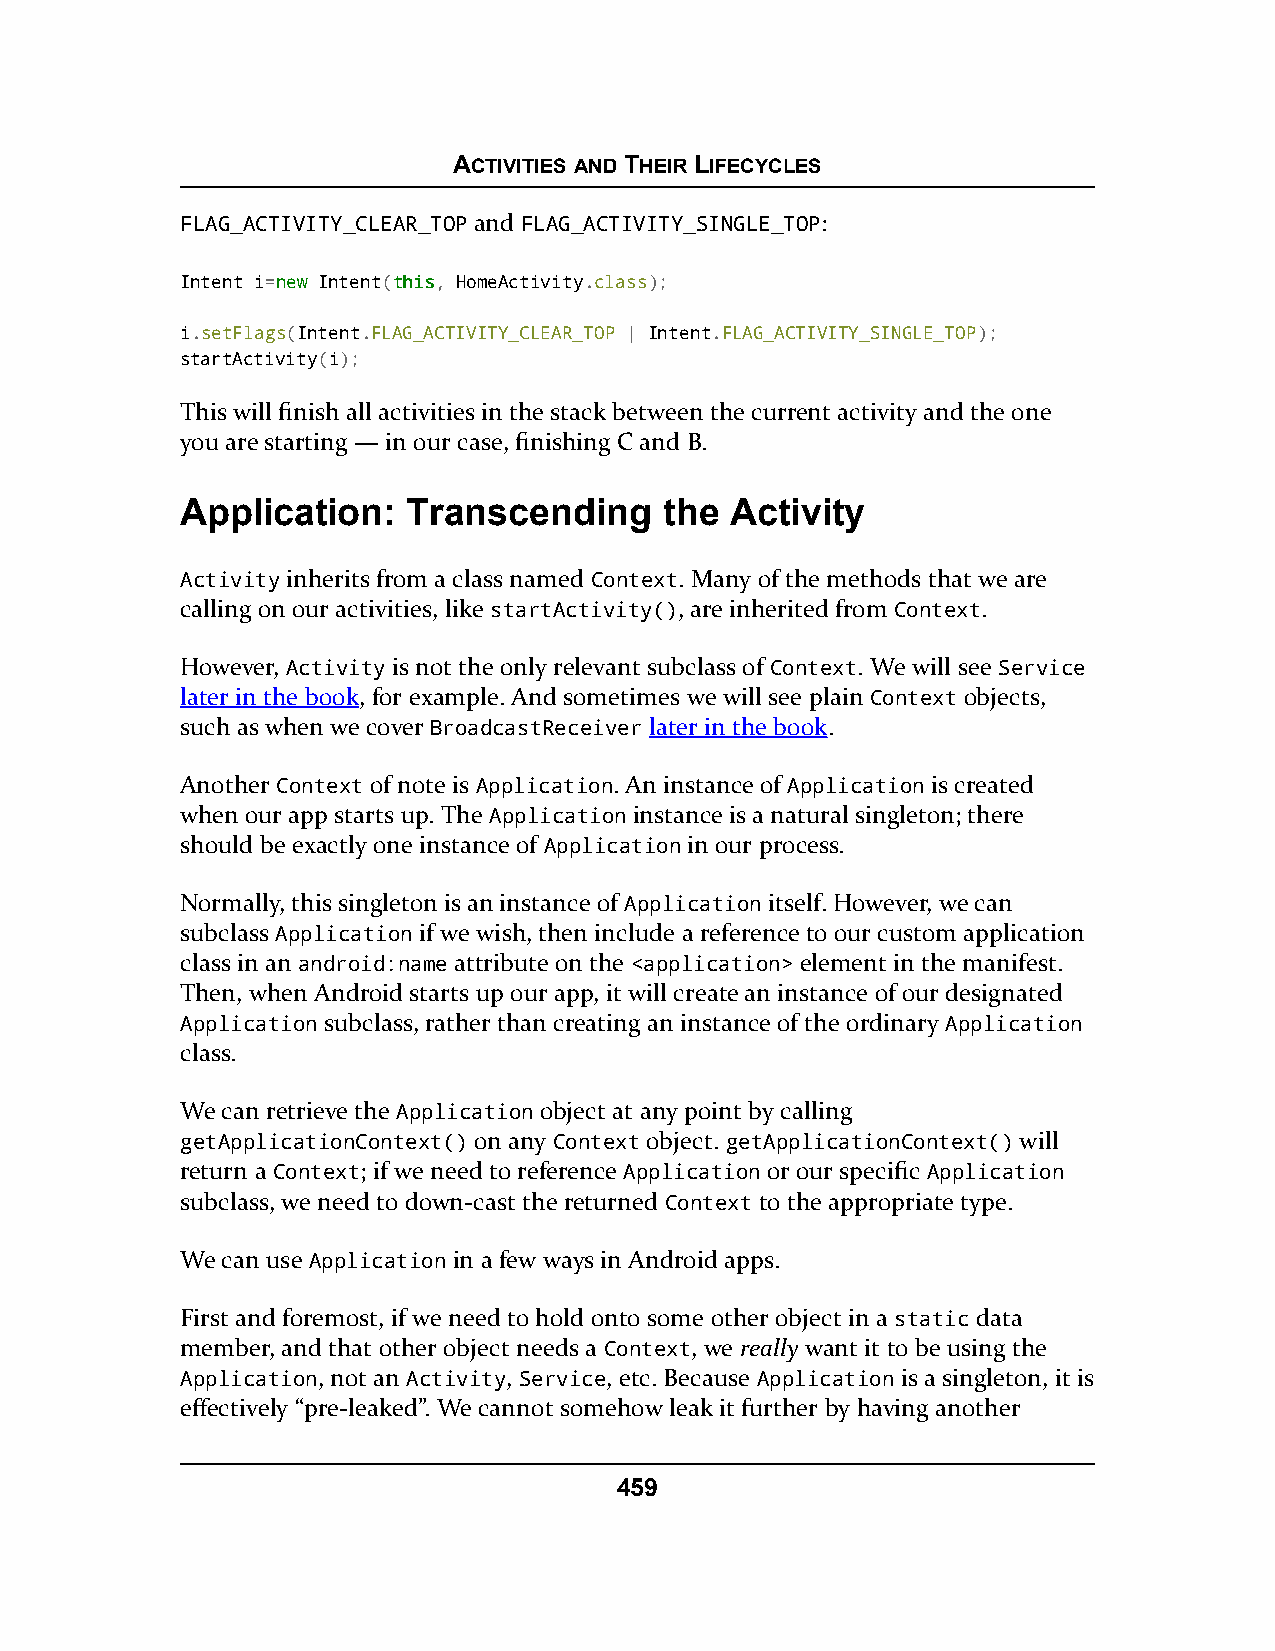
ACTIVITIES AND THEIR LIFECYCLES
 FLAG_ACTIVITY_CLEAR_TOP and FLAG_ACTIVITY_SINGLE_TOP:
 Intent i=nneeww Intent(tthhiiss, HomeActivity.class);
 i.setFlags(Intent.FLAG_ACTIVITY_CLEAR_TOP | Intent.FLAG_ACTIVITY_SINGLE_TOP);
 startActivity(i);
 This will finish all activities in the stack between the current activity and the one
 you are starting — in our case, finishing C and B.
 Application:   Transcending     the Activity
 Activity inherits from a class named Context. Many of the methods that we are
 calling on our activities, like startActivity(), are inherited from Context.
 However, Activity is not the only relevant subclass of Context. We will see Service
 later in the book, for example. And sometimes we will see plain Context objects,
 such as when we cover BroadcastReceiver later in the book.
 Another Context of note is Application. An instance of Application is created
 when our app starts up. The Application instance is a natural singleton; there
 should be exactly one instance of Application in our process.
 Normally, this singleton is an instance of Application itself. However, we can
 subclass Application if we wish, then include a reference to our custom application
 class in an android:name attribute on the <application> element in the manifest.
 Then, when Android starts up our app, it will create an instance of our designated
 Application subclass, rather than creating an instance of the ordinary Application
 class.
 We can retrieve the Application object at any point by calling
 getApplicationContext() on any Context object. getApplicationContext() will
 return a Context; if we need to reference Application or our specific Application
 subclass, we need to down-cast the returned Context to the appropriate type.
 We can use Application in a few ways in Android apps.
 First and foremost, if we need to hold onto some other object in a static data
 member, and that other object needs a Context, we really want it to be using the
 Application, not an Activity, Service, etc. Because Application is a singleton, it is
 effectively “pre-leaked”. We cannot somehow leak it further by having another
 459